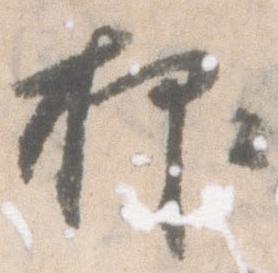
抑